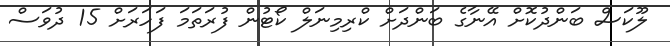
ލޫކަސް ބަންދުކޮށް އޭނާގެ ބަންދަށް ކްރިމިނަލް ކޯޓުން ފުރަތަމަ ފަހަރަށް 15 ދުވަސް